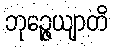
ဘုဉ္ဇေယျာတိ